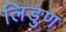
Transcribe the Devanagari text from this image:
लिडुण